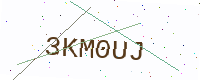
Text: 3KM0UJ